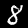
Label: 8